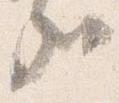
哉